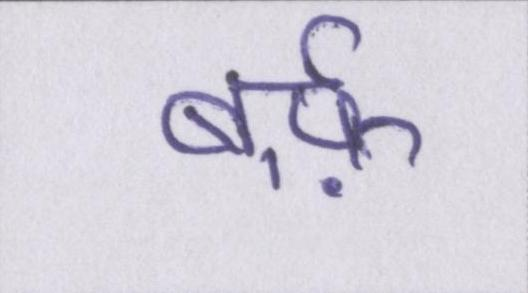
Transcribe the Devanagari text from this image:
बर्फ़